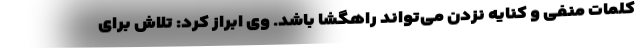
کلمات منفی و کنایه نزدن می‌تواند راهگشا باشد. وی ابراز کرد: تلاش برای